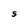
Character: S